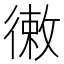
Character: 𢕡